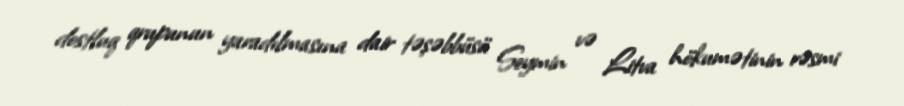
dostluq qrupunun yaradılmasına dair təşəbbüsü Seymin və Litva hökumətinin rəsmi